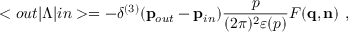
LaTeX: < o u t | \Lambda | i n > = - \delta ^ { ( 3 ) } ( { \bf p } _ { o u t } - { \bf p } _ { i n } ) \frac { p } { ( 2 \pi ) ^ { 2 } \varepsilon ( p ) } F ( { \bf q , n } ) ~ ,